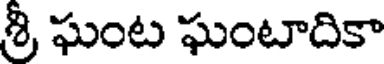
శ్రీ ఘంట ఘంటాదికా